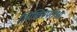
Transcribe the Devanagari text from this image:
लिखितपरीक्षा